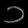
Digit: ၁